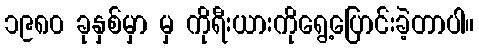
၁၉၈၀ ခုနှစ်မှာ မှ ကိုရီးယားကိုရွေ့ပြောင်းခဲ့တာပါ။